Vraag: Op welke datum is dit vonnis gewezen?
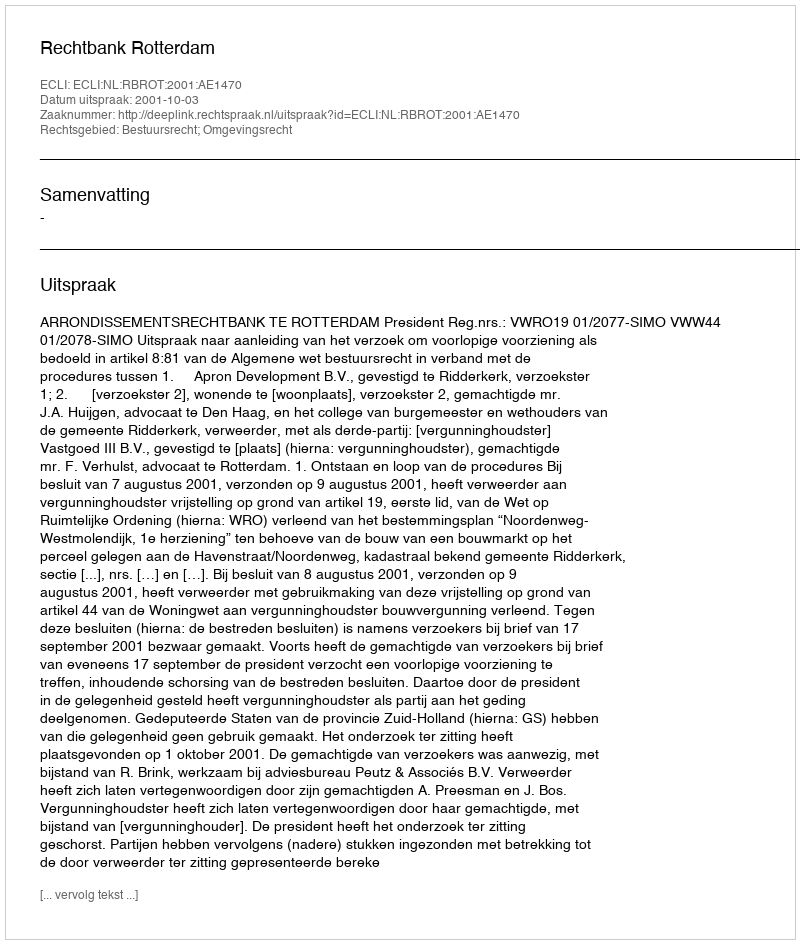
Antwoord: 2001-10-03